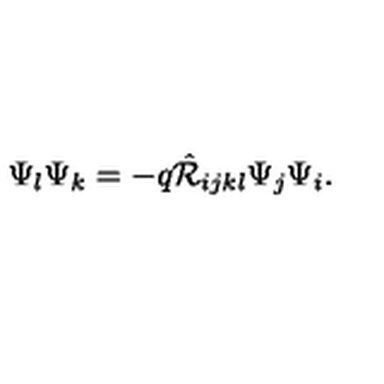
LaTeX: \Psi _ { l } \Psi _ { k } = - q \hat { { \cal R } } _ { i j k l } \Psi _ { j } \Psi _ { i } .